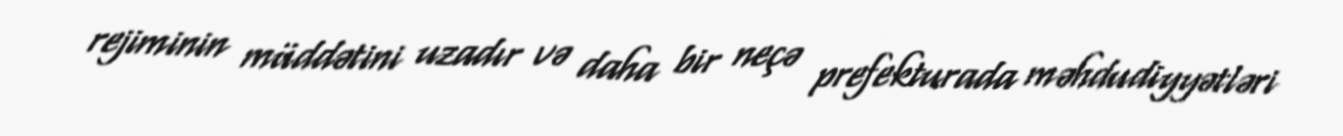
rejiminin müddətini uzadır və daha bir neçə prefekturada məhdudiyyətləri